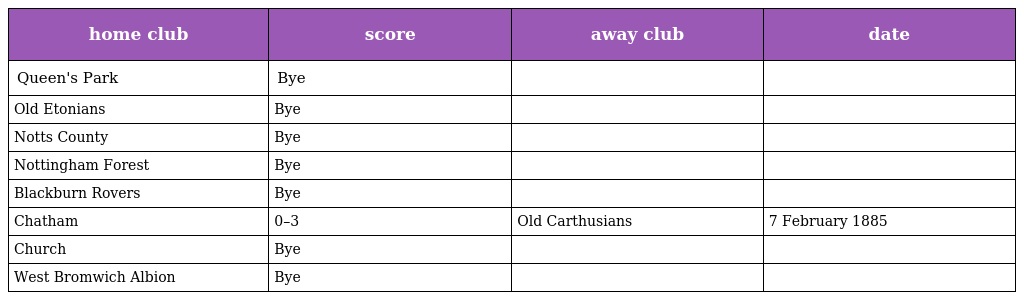
| home club | score | away club | date |
 | --- | --- | --- | --- |
 | Queen's Park | Bye |  |  |
 | Old Etonians | Bye |  |  |
 | Notts County | Bye |  |  |
 | Nottingham Forest | Bye |  |  |
 | Blackburn Rovers | Bye |  |  |
 | Chatham | 0–3 | Old Carthusians | 7 February 1885 |
 | Church | Bye |  |  |
 | West Bromwich Albion | Bye |  |  |